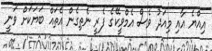
އިއްޔެ އާއި މިއަދު ވެސް އެމްވީކޭގެ ފެރީ ނެތިގެން އެތައް ބަޔަކަށް ވަނީ